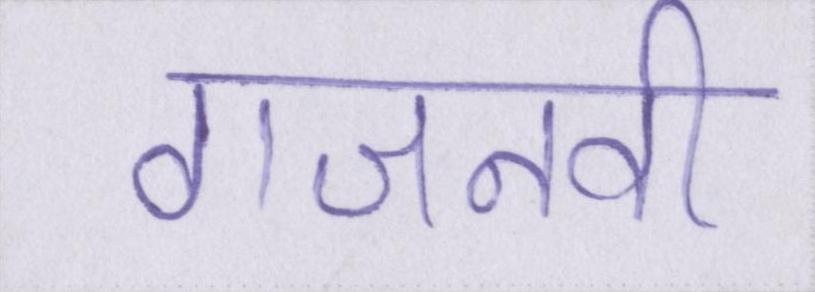
गजनवी